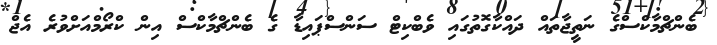
ބެންޗްމާކްސްގެ ނަތީޖާތައް ދައްކާގޮތުގައި ވެބްކިޓް ސަންސްޕައިޑާ ގެ ބެންޗްމާކްސް އިން ކްރޯމްއަށްވުރެ އެޖް